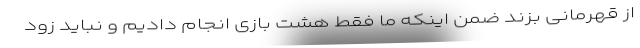
از قهرمانی بزند ضمن اینکه ما فقط هشت بازی انجام دادیم و نباید زود